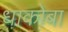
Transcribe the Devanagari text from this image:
धाकोबा